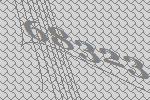
68323